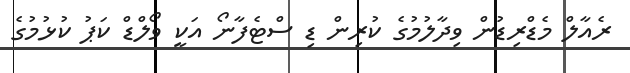
ރެއާލް މެޑްރިޑުން ވިދާލުމުގެ ކުރިން ޑި ސްޓެފާނޯ އަކީ ވޯލްޑް ކަޕު ކުޅުމުގެ